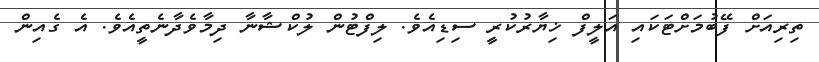
ތިރިއަށް ފޭބުމަށްޓަކައި އަލީފް ޚިޔާރުކުރީ ސިޑިއެވެ. ލިފްޓުން ލުކްޝާނާ ދިމާވެދާނެތީއެވެ. އެ ގެއިން